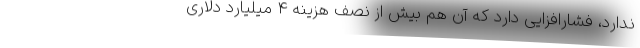
ندارد، فشارافزایی دارد که آن هم بیش از نصف هزینه 4 میلیارد دلاری